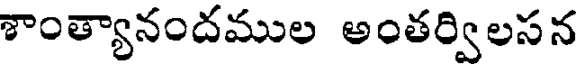
శాంత్యానందముల అంతర్విలసన